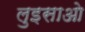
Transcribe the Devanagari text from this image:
लुइसाओ